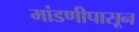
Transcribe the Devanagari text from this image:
मांडणीपासून